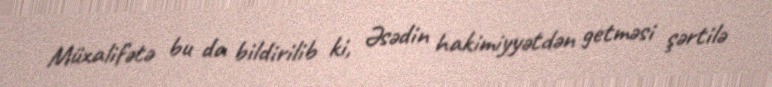
Müxalifətə bu da bildirilib ki, Əsədin hakimiyyətdən getməsi şərtilə